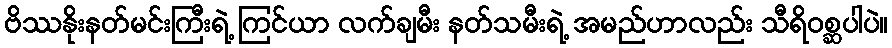
ဗိဿနိုးနတ်မင်းကြီးရဲ့ ကြင်ယာ လက်ချမီး နတ်သမီးရဲ့ အမည်ဟာလည်း သီရိဝစ္ဆပါပဲ။